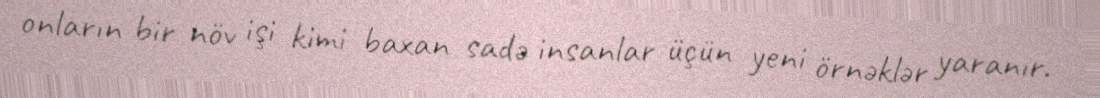
onların bir növ işi kimi baxan sadə insanlar üçün yeni örnəklər yaranır.